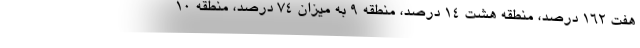
هفت ۱۶۲ درصد، منطقه هشت ۱۴ درصد، منطقه ۹ به میزان ۷۴ درصد، منطقه ۱۰